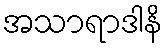
အသာရာဒါနိ